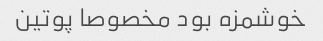
خوشمزه بود مخصوصا پوتین